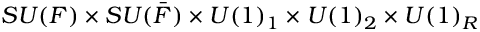
S U ( F ) \times S U ( \bar { F } ) \times U ( 1 ) _ { 1 } \times U ( 1 ) _ { 2 } \times U ( 1 ) _ { R }